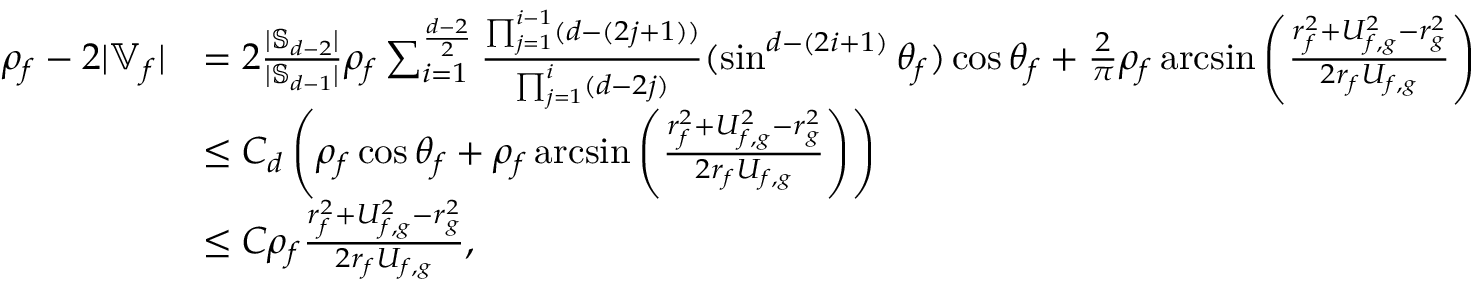
\begin{array} { r l } { \rho _ { f } - 2 | \mathbb { V } _ { f } | } & { = 2 \frac { | \mathbb { S } _ { d - 2 } | } { | \mathbb { S } _ { d - 1 } | } \rho _ { f } \sum _ { i = 1 } ^ { \frac { d - 2 } { 2 } } \frac { \prod _ { j = 1 } ^ { i - 1 } ( d - ( 2 j + 1 ) ) } { \prod _ { j = 1 } ^ { i } ( d - 2 j ) } ( \sin ^ { d - ( 2 i + 1 ) } \theta _ { f } ) \cos \theta _ { f } + \frac { 2 } { \pi } \rho _ { f } \arcsin \left( \frac { r _ { f } ^ { 2 } + U _ { f , g } ^ { 2 } - r _ { g } ^ { 2 } } { 2 r _ { f } U _ { f , g } } \right) } \\ & { \le C _ { d } \left( \rho _ { f } \cos \theta _ { f } + \rho _ { f } \arcsin \left( \frac { r _ { f } ^ { 2 } + U _ { f , g } ^ { 2 } - r _ { g } ^ { 2 } } { 2 r _ { f } U _ { f , g } } \right) \right) } \\ & { \le C \rho _ { f } \frac { r _ { f } ^ { 2 } + U _ { f , g } ^ { 2 } - r _ { g } ^ { 2 } } { 2 r _ { f } U _ { f , g } } , } \end{array}